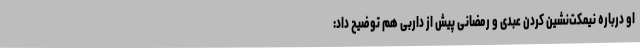
او درباره نیمکت‌نشین کردن عبدی و رمضانی پیش از داربی هم توضیح داد:‌